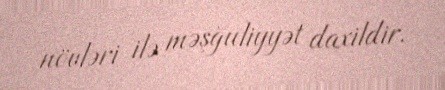
növləri ilə məşğuliyyət daxildir.